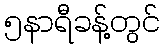
၅နာရီခန့်တွင်